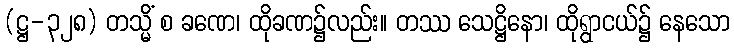
(ဋ္ဌ-၃၂၈) တသ္မိံ စ ခဏေ၊ ထိုခဏ၌လည်း။ တဿ သေဋ္ဌိနော၊ ထိုရွာငယ်၌ နေသော